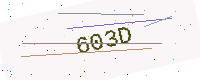
Text: 603D